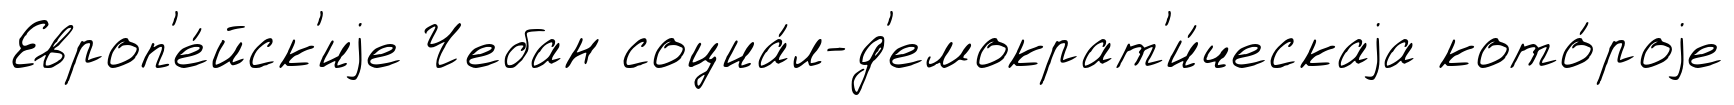
Европ'е́йск'иjе Чебан социа́л-д'емократ'и́ческаjа кото́роjе